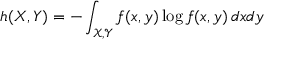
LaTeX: h ( X , Y ) = - \int _ { { \mathcal { X } } , { \mathcal { Y } } } f ( x , y ) \log f ( x , y ) \, d x d y